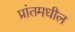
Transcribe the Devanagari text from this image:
प्रांतमधील